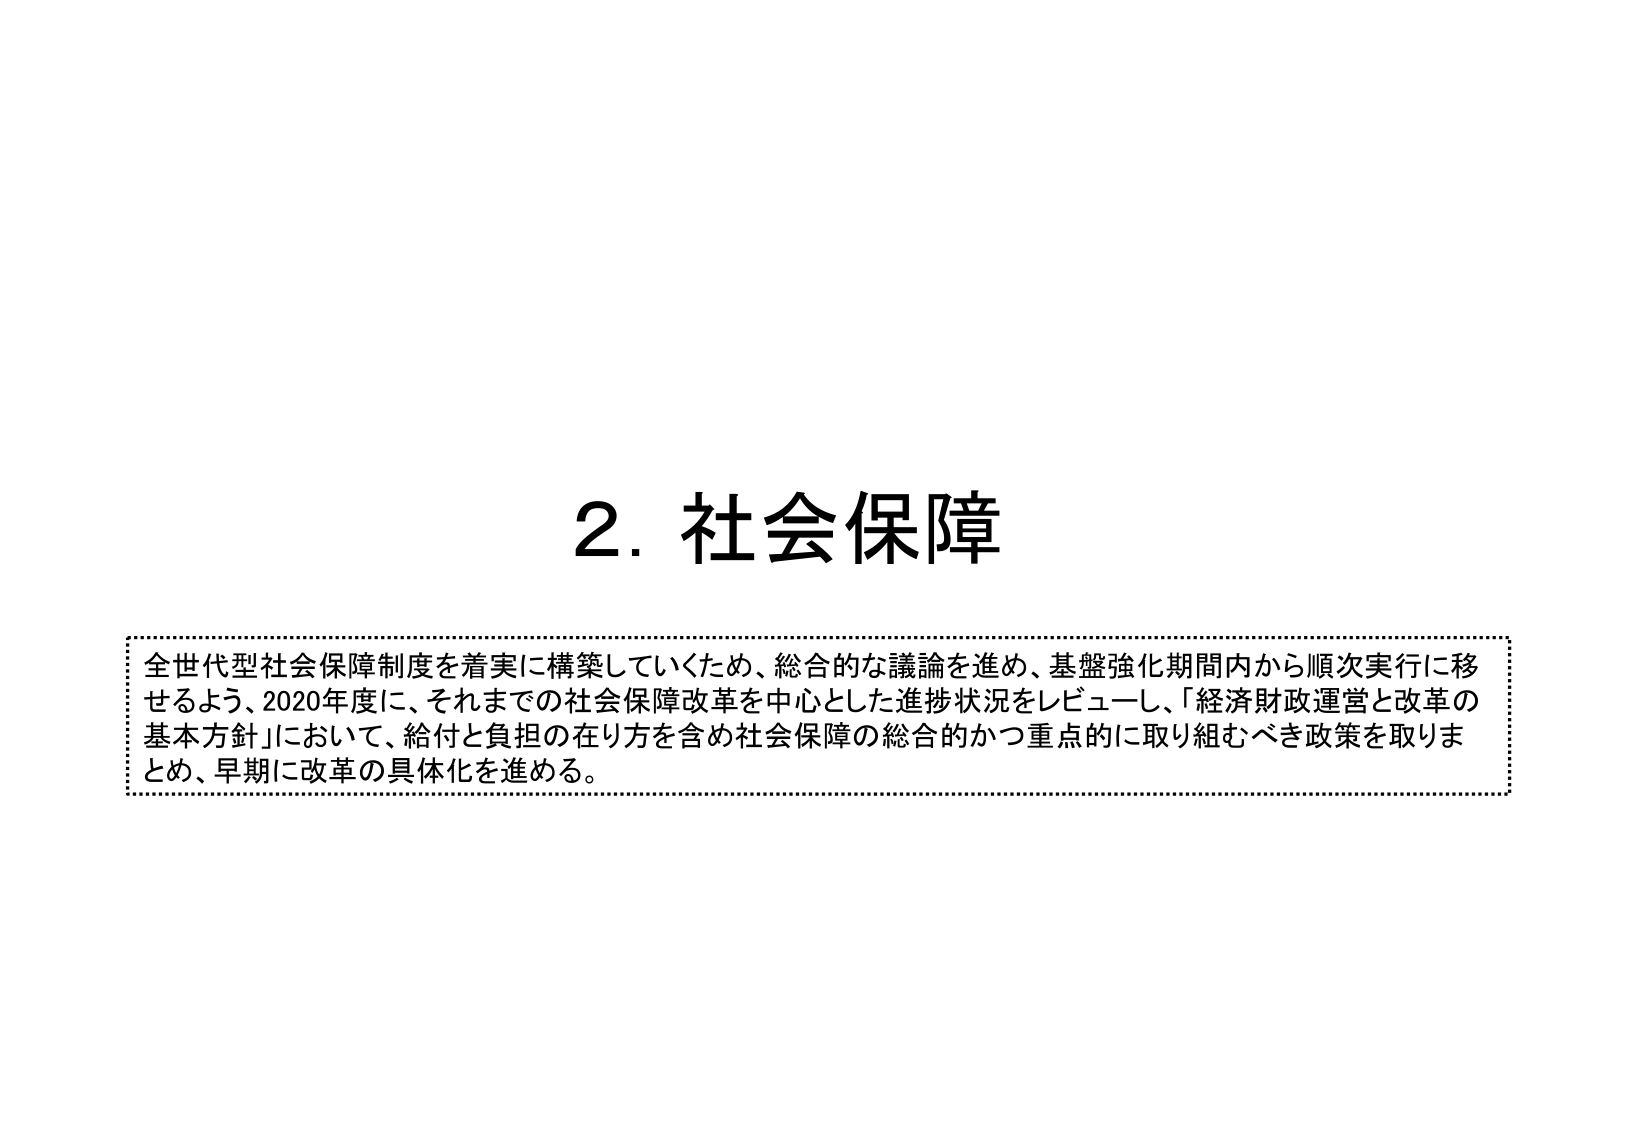
2. 社会保障

全世代型社会保障制度を着実に構築していくため、総合的な議論を進め、基盤強化期間内から順次実行に移せるよう、2020年度に、それまでの社会保障改革を中心とした進捗状況をレビューし、「経済財政運営と改革の基本方針」において、給付と負担の在り方を含め社会保障の総合的かつ重点的に取り組むべき政策を取りまとめ、早期に改革の具体化を進める。